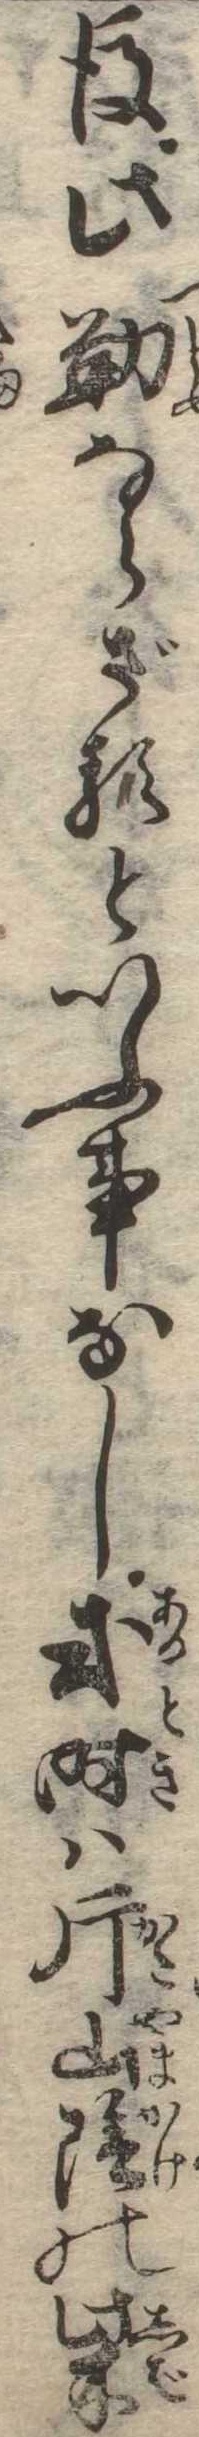
後此勤ならざるといふ事なし或時は片山陰の柴